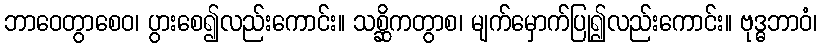
ဘာဝေတွာစေဝ၊ ပွားစေ၍လည်းကောင်း။ သစ္ဆိကတွာစ၊ မျက်မှောက်ပြု၍လည်းကောင်း။ ဗုဒ္ဓဘာဝံ၊